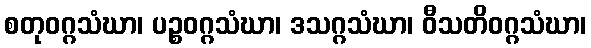
စတုဝဂ္ဂသံဃာ၊ ပဉ္စဝဂ္ဂသံဃာ၊ ဒသဂ္ဂသံဃာ၊ ဝီသတိဝဂ္ဂသံဃာ၊